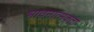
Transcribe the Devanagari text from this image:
भावनात्मकता